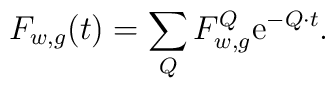
F_{w,g } (t) =\sum_Q F_{w,g}^{Q} {\rm e}^{-Q\cdot t}.